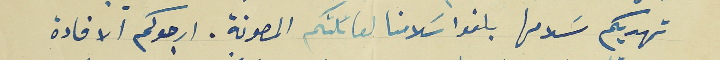
تهديكم سَلامها بلغوا سلامنا لعائلتكم المصونة. ارجوكم الافادة